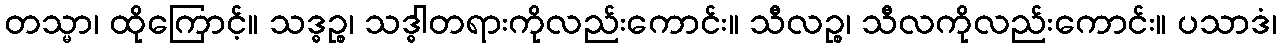
တသ္မာ၊ ထိုကြောင့်။ သဒ္ဓဉ္စ၊ သဒ္ဓါတရားကိုလည်းကောင်း။ သီလဉ္စ၊ သီလကိုလည်းကောင်း။ ပသာဒံ၊